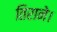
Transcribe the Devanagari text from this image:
तिराने।